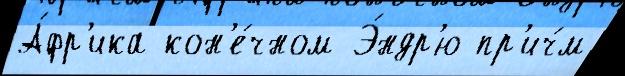
А́фр'ика кон'е́чном Э́ндр'ю пр'ич́м